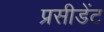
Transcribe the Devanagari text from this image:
प्रसीडेंट